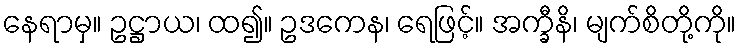
နေရာမှ။ ဥဋ္ဌာယ၊ ထ၍။ ဥဒကေန၊ ရေဖြင့်။ အက္ခီနိ၊ မျက်စိတို့ကို။